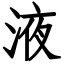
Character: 液